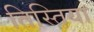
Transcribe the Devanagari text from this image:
तिस्तिया